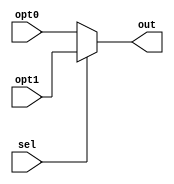
module mux_2(
	out,
	opt0, opt1,
	sel
);

	input 			sel;
	input [31:0] 	opt0, opt1;
	
	output [31:0] 	out;
	
	assign out = sel ? opt1 : opt0;
	
endmodule